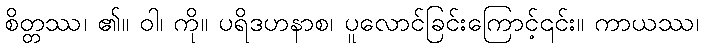
စိတ္တဿ၊ ၏။ ဝါ၊ ကို။ ပရိဒဟနာစ၊ ပူလောင်ခြင်းကြောင့်၎င်း။ ကာယဿ၊